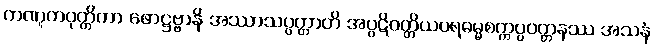
ကဏ္ဋကဝုတ္တိကာ ဖောဋ္ဌဗ္ဗာနိ အဿာသပ္ပတ္တာတိ အပ္ပဋိဝတ္တိယဝရဓမ္မစက္ကပ္ပဝတ္တနဿ အသနံ